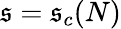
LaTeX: \mathfrak{s}=\mathfrak{s}_{c}(N)